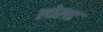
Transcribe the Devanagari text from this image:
लोलट